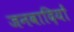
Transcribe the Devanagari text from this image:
जनवादियों